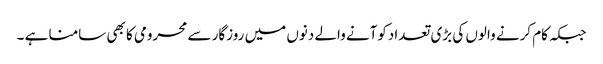
جبکہ کام کرنے والوں کی بڑی تعدادکوآنے والے دنوں میں روزگار سے محرومی کا بھی سامنا ہے ۔